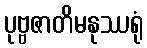
ပုဗ္ဗဇာတိမနုဿရုံ